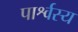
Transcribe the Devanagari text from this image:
पार्श्वस्य